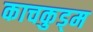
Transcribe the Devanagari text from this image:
काचकुड्म